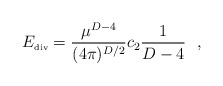
\begin{align*}E_{\mbox{\tiny{div}}}={\mu^{D-4} \over (4\pi)^{D/2}} c_2{1 \over D-4}~~,\end{align*}